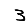
Digit: 3